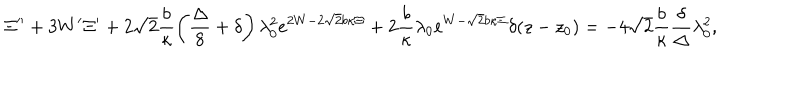
\Xi ^ { \prime \prime } + 3 W ^ { \prime } \Xi ^ { \prime } + 2 \sqrt { 2 } \frac { b } { \kappa } \left( \frac { \Delta } { 8 } + \delta \right) \lambda _ { 0 } ^ { 2 } e ^ { 2 W - 2 \sqrt { 2 } b \kappa \Xi } + 2 \frac { b } { \kappa } \lambda _ { 0 } e ^ { W - \sqrt { 2 } b \kappa \Xi } \delta ( z - z _ { 0 } ) = - 4 \sqrt { 2 } \frac { b } { \kappa } \frac { \delta } { \Delta } \lambda _ { 0 } ^ { 2 } ,